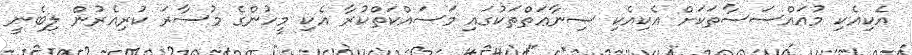
އެކިއެކި މުއައްސަސާތަކަށް އެކިއެކި ޞިނާޢަތްތަކުގައި މަސައްކަތްކުރާ އެކި މީހުންގެ މުސާރަ ކުރިއެރުން ލިބެނީ